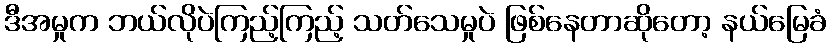
ဒီအမှုက ဘယ်လိုပဲကြည့်ကြည့် သတ်သေမှုပဲ ဖြစ်နေတာဆိုတော့ နယ်မြေခံ